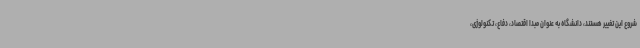
شروع این تغییر هستند، دانشگاه به عنوان مبدا اقتصاد، دفاع، تکنولوژی،